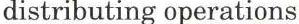
distributing operations